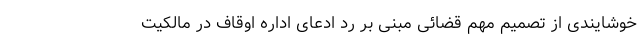
خوشایندی از تصمیم مهم قضائی مبنی بر رد ادعای اداره اوقاف در مالکیت